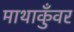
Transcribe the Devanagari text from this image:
माथाकुँवर